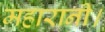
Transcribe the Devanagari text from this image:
महारानी।